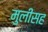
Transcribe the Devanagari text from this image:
मुलींसह